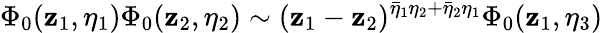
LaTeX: {\Phi}_{0}(\mathbf{z}_{1},\eta_{1})\Phi_{0}(\mathbf{z}_{2},\eta_{2})\sim(\mathbf{z}_{1}-\mathbf{z}_{2})^{\bar{{\eta}}_{1}\eta_{2}+\bar{{\eta}}_{2}\eta_{1}}\Phi_{0}(\mathbf{z}_{1},\eta_{3})